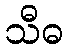
သီဓ